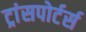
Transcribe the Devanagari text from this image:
ट्रांसपोर्टर्स